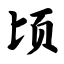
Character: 顷